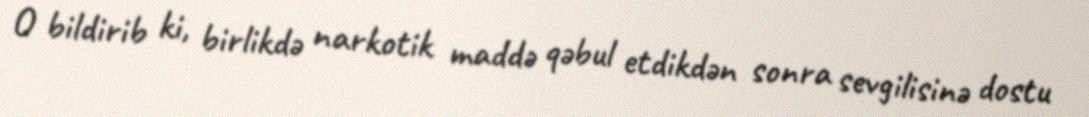
O bildirib ki, birlikdə narkotik maddə qəbul etdikdən sonra sevgilisinə dostu